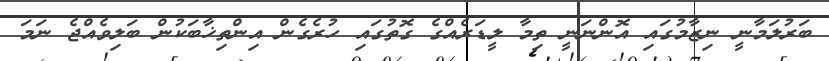
ބަރުލަމާނީ ނިޒާމުގައި އޮންނަނީ ތިމާ ލީޑަރެއްގެ ގޮތުގައި ހުރެގެން އިންތިޚާބަކުން ބަލިވެއްޖެ ނަމަ